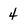
Character: 4